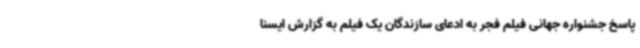
پاسخ جشنواره جهانی فیلم فجر به ادعای سازندگان یک فیلم به گزارش ایسنا